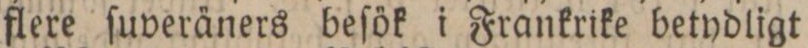
flere ſuveräners beſök i Frankrike betydligt